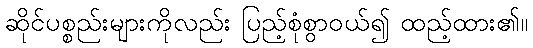
ဆိုင်ပစ္စည်းများကိုလည်း ပြည့်စုံစွာဝယ်၍ ထည့်ထား၏။